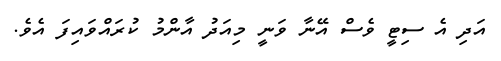
އަދި އެ ސިޓީ ވެސް އޭނާ ވަނީ މިއަދު އާންމު ކުރައްވައިފަ އެވެ.